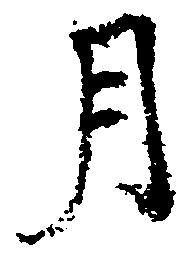
月